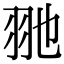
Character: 𦏸